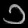
Digit: ၁